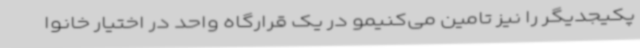
پکیجدیگر را نیز تامین می‌کنیمو در یک قرارگاه واحد در اختیار خانوا